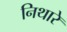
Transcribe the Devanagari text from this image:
निथारे